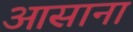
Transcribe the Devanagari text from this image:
आसाना